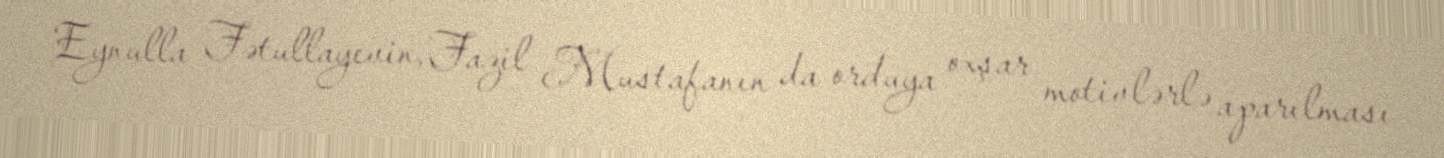
Eynulla Fətullayevin, Fazil Mustafanın da orduya oxşar motivlərlə aparılması